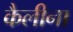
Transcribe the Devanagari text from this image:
कैलीना